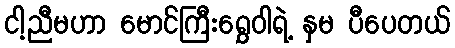
ငါ့ညီမဟာ မောင်ကြီးရွှေဝါရဲ့ နှမ ပီပေတယ်